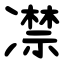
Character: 凚